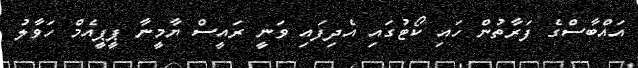
އައްބާސްގެ ފަރާތުން ހައި ކޯޓުގައި އެދިފައި ވަނީ ރައީސް ޔާމީނާ ޕީޕީއެމް ހަވާލު